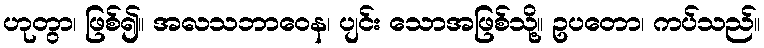
ဟုတွာ၊ ဖြစ်၍။ အလသဘာဝေန၊ ပျင်း သောအဖြစ်သို့။ ဥပတော၊ ကပ်သည်။